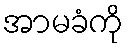
အာမခံကို